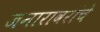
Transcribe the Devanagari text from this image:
जनारावरांचे